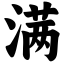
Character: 满